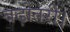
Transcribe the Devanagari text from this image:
बढ़ोतरी।